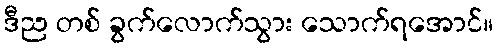
ဒီည တစ် ခွက်လောက်သွား သောက်ရအောင်။